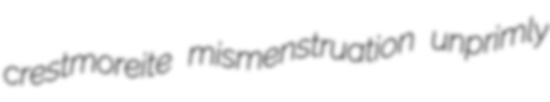
crestmoreite mismenstruation unprimly